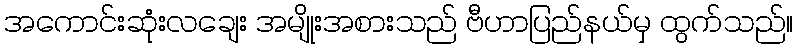
အကောင်းဆုံးလချေး အမျိုးအစားသည် ဗီဟာပြည်နယ်မှ ထွက်သည်။